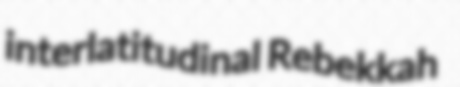
interlatitudinal Rebekkah